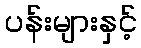
ပန်းများနှင့်